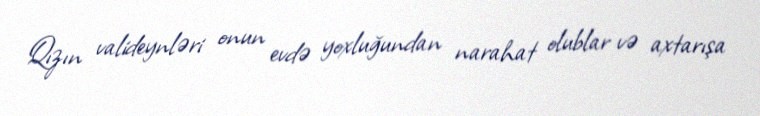
Qızın valideynləri onun evdə yoxluğundan narahat olublar və axtarışa